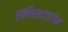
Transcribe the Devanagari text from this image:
सोलिस्टाइरीन